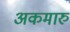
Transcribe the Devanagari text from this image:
अकमारु